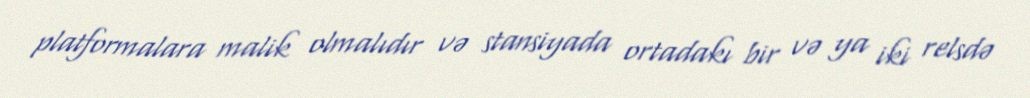
platformalara malik olmalıdır və stansiyada ortadakı bir və ya iki relsdə